Indian journal of veterinary science and animal husbandry - Volumes 22-23, 1952-1953
Year: 1952
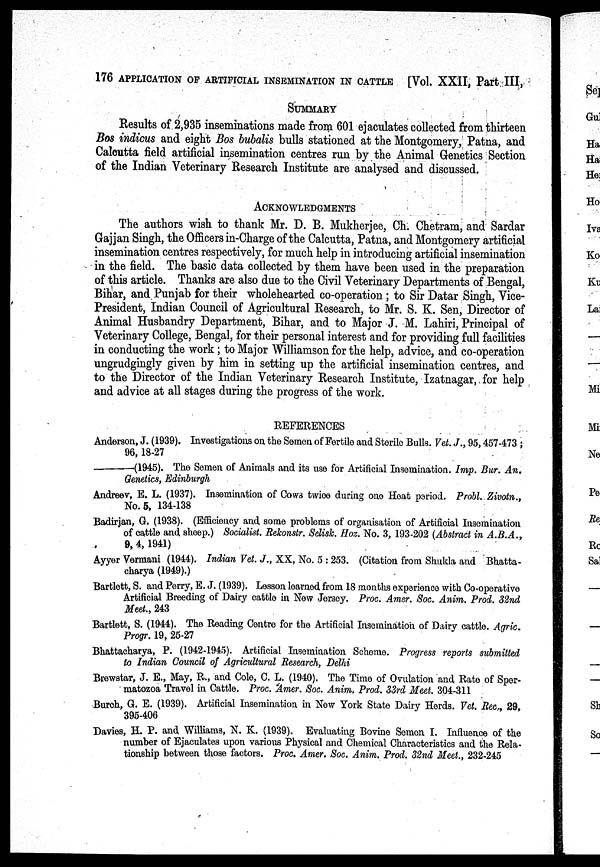
176 APPLICATION OF ARTIFICIAL INSEMINATION IN CATTLE [Vol. XXII, Part III,
SUMMARY
Results of 2,935 inseminations made from 601 ejaculates collected from thirteen
Bos indicus and eight Bos bubalis bulls stationed at the Montgomery, Patna, and
Calcutta field artificial insemination centres run by the Animal Genetics Section
of the Indian Veterinary Research Institute are analysed and discussed.
ACKNOWLEDGEMENTS
The authors wish to thank Mr. D. B. Mukherjee, Ch. Chetram, and Sardar
Gajjan Singh, the Officers in-Charge of the Calcutta, Patna, and Montgomery artificial
insemination centres respectively, for much help in introducing artificial insemination
in the field. The basic data collected by them have been used in the preparation
of this article. Thanks are also due to the Civil Veterinary Departments of Bengal,
Bihar, and Punjab for their wholehearted co-operation; to Sir Datar Singh, Vice-
President, Indian Council of Agricultural Research, to Mr. S. K. Sen, Director of
Animal Husbandry Department, Bihar, and to Major J. M. Lahiri, Principal of
Veterinary College, Bengal, for their personal interest and for providing full facilities
in conducting the work ; to Major Williamson for the help, advice, and co-operation
ungrudgingly given by him in setting up the artificial insemination centres, and
to the Director of the Indian Veterinary Research Institute, Izatnagar, for help
and advice at all stages during the progress of the work.
REFERENCES
Anderson, J. (1939). Investigations on the Semen of Fertile and Sterile Bulls. Vet. J., 95, 457-473;
96, 18-27
——(1945).
The Semen of Animals and its use for Artificial Insemination. Imp. Bur. An.
Genetics, Edinburgh
Andreev, E. L. (1937). Insemination of Cows twice during one Heat period. Probl. Zivotn.,
No. 5, 134-138
Badirjan, G. (1938). (Efficiency and some problems of organisation of Artificial Insemination
of cattle and sheep.) Socialist. Rekonstr. Selisk. Hoz. No. 3, 193-202 (Abstract in A.B.A.,
9, 4, 1941)
Ayyer Vermani (1944). Indian Vet. J., XX, No. 5 : 253. (Citation from Shukla and Bhatta-
charya (1949).)
Bartlett, S. and Perry, E. J. (1939). Lesson learned from 18 months experience with Co-operative
Artificial Breeding of Dairy cattle in New Jersey. Proc. Amer. Soc. Anim. Prod. 32nd
Meet., 243
Bartlett, S. (1944). The Reading Centre for the Artificial Insemination of Dairy cattle. Agric.
Progr. 19, 25-27
Bhattacharya, P. (1942-1945). Artificial Insemination Scheme. Progress reports submitted
to Indian Council of Agricultural Research, Delhi
Brewstar, J. E., May, R., and Cole, C. L. (1940). The Time of Ovulation and Rate of Sper-
matozoa Travel in Cattle. Proc. Amer. Soc. Anim, Prod. 33rd Meet. 304-311
Burch, G. E. (1939). Artificial Insemination in New York State Dairy Herds. Vet. Rec., 29,
395-406
Davies, H. P. and Williams, N. K. (1939). Evaluating Bovine Semen I. Influence of the
number of Ejaculates upon various Physical and Chemical Characteristics and the Rela-
tionship between those factors. Proc. Amer. Soc. Anim. Prod. 32nd Meet., 232-245